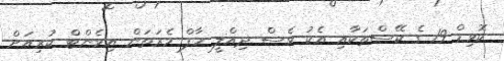
ކޮވިޑް-19 ގެ ކޭސްތަކާއި އެކު ވެސް ދިއްލީ ހާފް މެރަތަން އިވެންޓް ކުރިއަށް